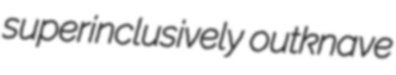
superinclusively outknave